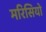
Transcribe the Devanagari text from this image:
मरिसियो